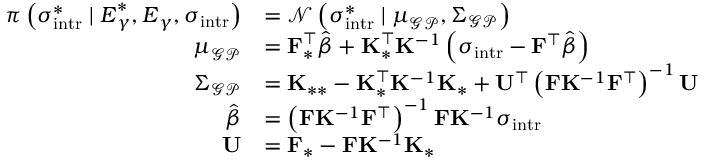
\begin{array} { r l } { \pi \left( \boldsymbol { \sigma } _ { \mathrm { i n t r } } ^ { \ast } \mid \boldsymbol { E } _ { \gamma } ^ { \ast } , \boldsymbol { E } _ { \gamma } , \boldsymbol { \sigma } _ { \mathrm { i n t r } } \right) } & { = \mathcal { N } \left( \boldsymbol { \sigma } _ { \mathrm { i n t r } } ^ { \ast } \mid \boldsymbol { \mu } _ { \mathcal { G P } } , \boldsymbol { \Sigma } _ { \mathcal { G P } } \right) } \\ { \boldsymbol { \mu } _ { \mathcal { G P } } } & { = \mathbf { F } _ { \ast } ^ { \intercal } \hat { \boldsymbol { \beta } } + \mathbf { K } _ { \ast } ^ { \intercal } \mathbf { K } ^ { - 1 } \left( \boldsymbol { \sigma } _ { \mathrm { i n t r } } - \mathbf { F } ^ { \intercal } \hat { \boldsymbol { \beta } } \right) } \\ { \boldsymbol { \Sigma } _ { \mathcal { G P } } } & { = \mathbf { K } _ { \ast \ast } - \mathbf { K } _ { \ast } ^ { \intercal } \mathbf { K } ^ { - 1 } \mathbf { K } _ { \ast } + \mathbf { U } ^ { \intercal } \left( \mathbf { F } \mathbf { K } ^ { - 1 } \mathbf { F } ^ { \intercal } \right) ^ { - 1 } \mathbf { U } } \\ { \hat { \boldsymbol { \beta } } } & { = \left( \mathbf { F } \mathbf { K } ^ { - 1 } \mathbf { F } ^ { \intercal } \right) ^ { - 1 } \mathbf { F } \mathbf { K } ^ { - 1 } \boldsymbol { \sigma } _ { \mathrm { i n t r } } } \\ { \mathbf { U } } & { = \mathbf { F } _ { \ast } - \mathbf { F } \mathbf { K } ^ { - 1 } \mathbf { K } _ { \ast } } \end{array}